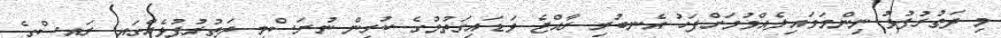
މި ދަތުރުފުޅު ނިންމަވަައިލެއްވުމަށްފަހު އެނބުރި ރާއްޖެ ވަޑައިގަތުމުގެ ކުރިން ނުރަސްމީ ދަތުުރުފުޅެއްގައި ރައީސްގެ